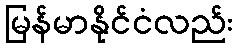
မြန်မာနိုင်ငံလည်း